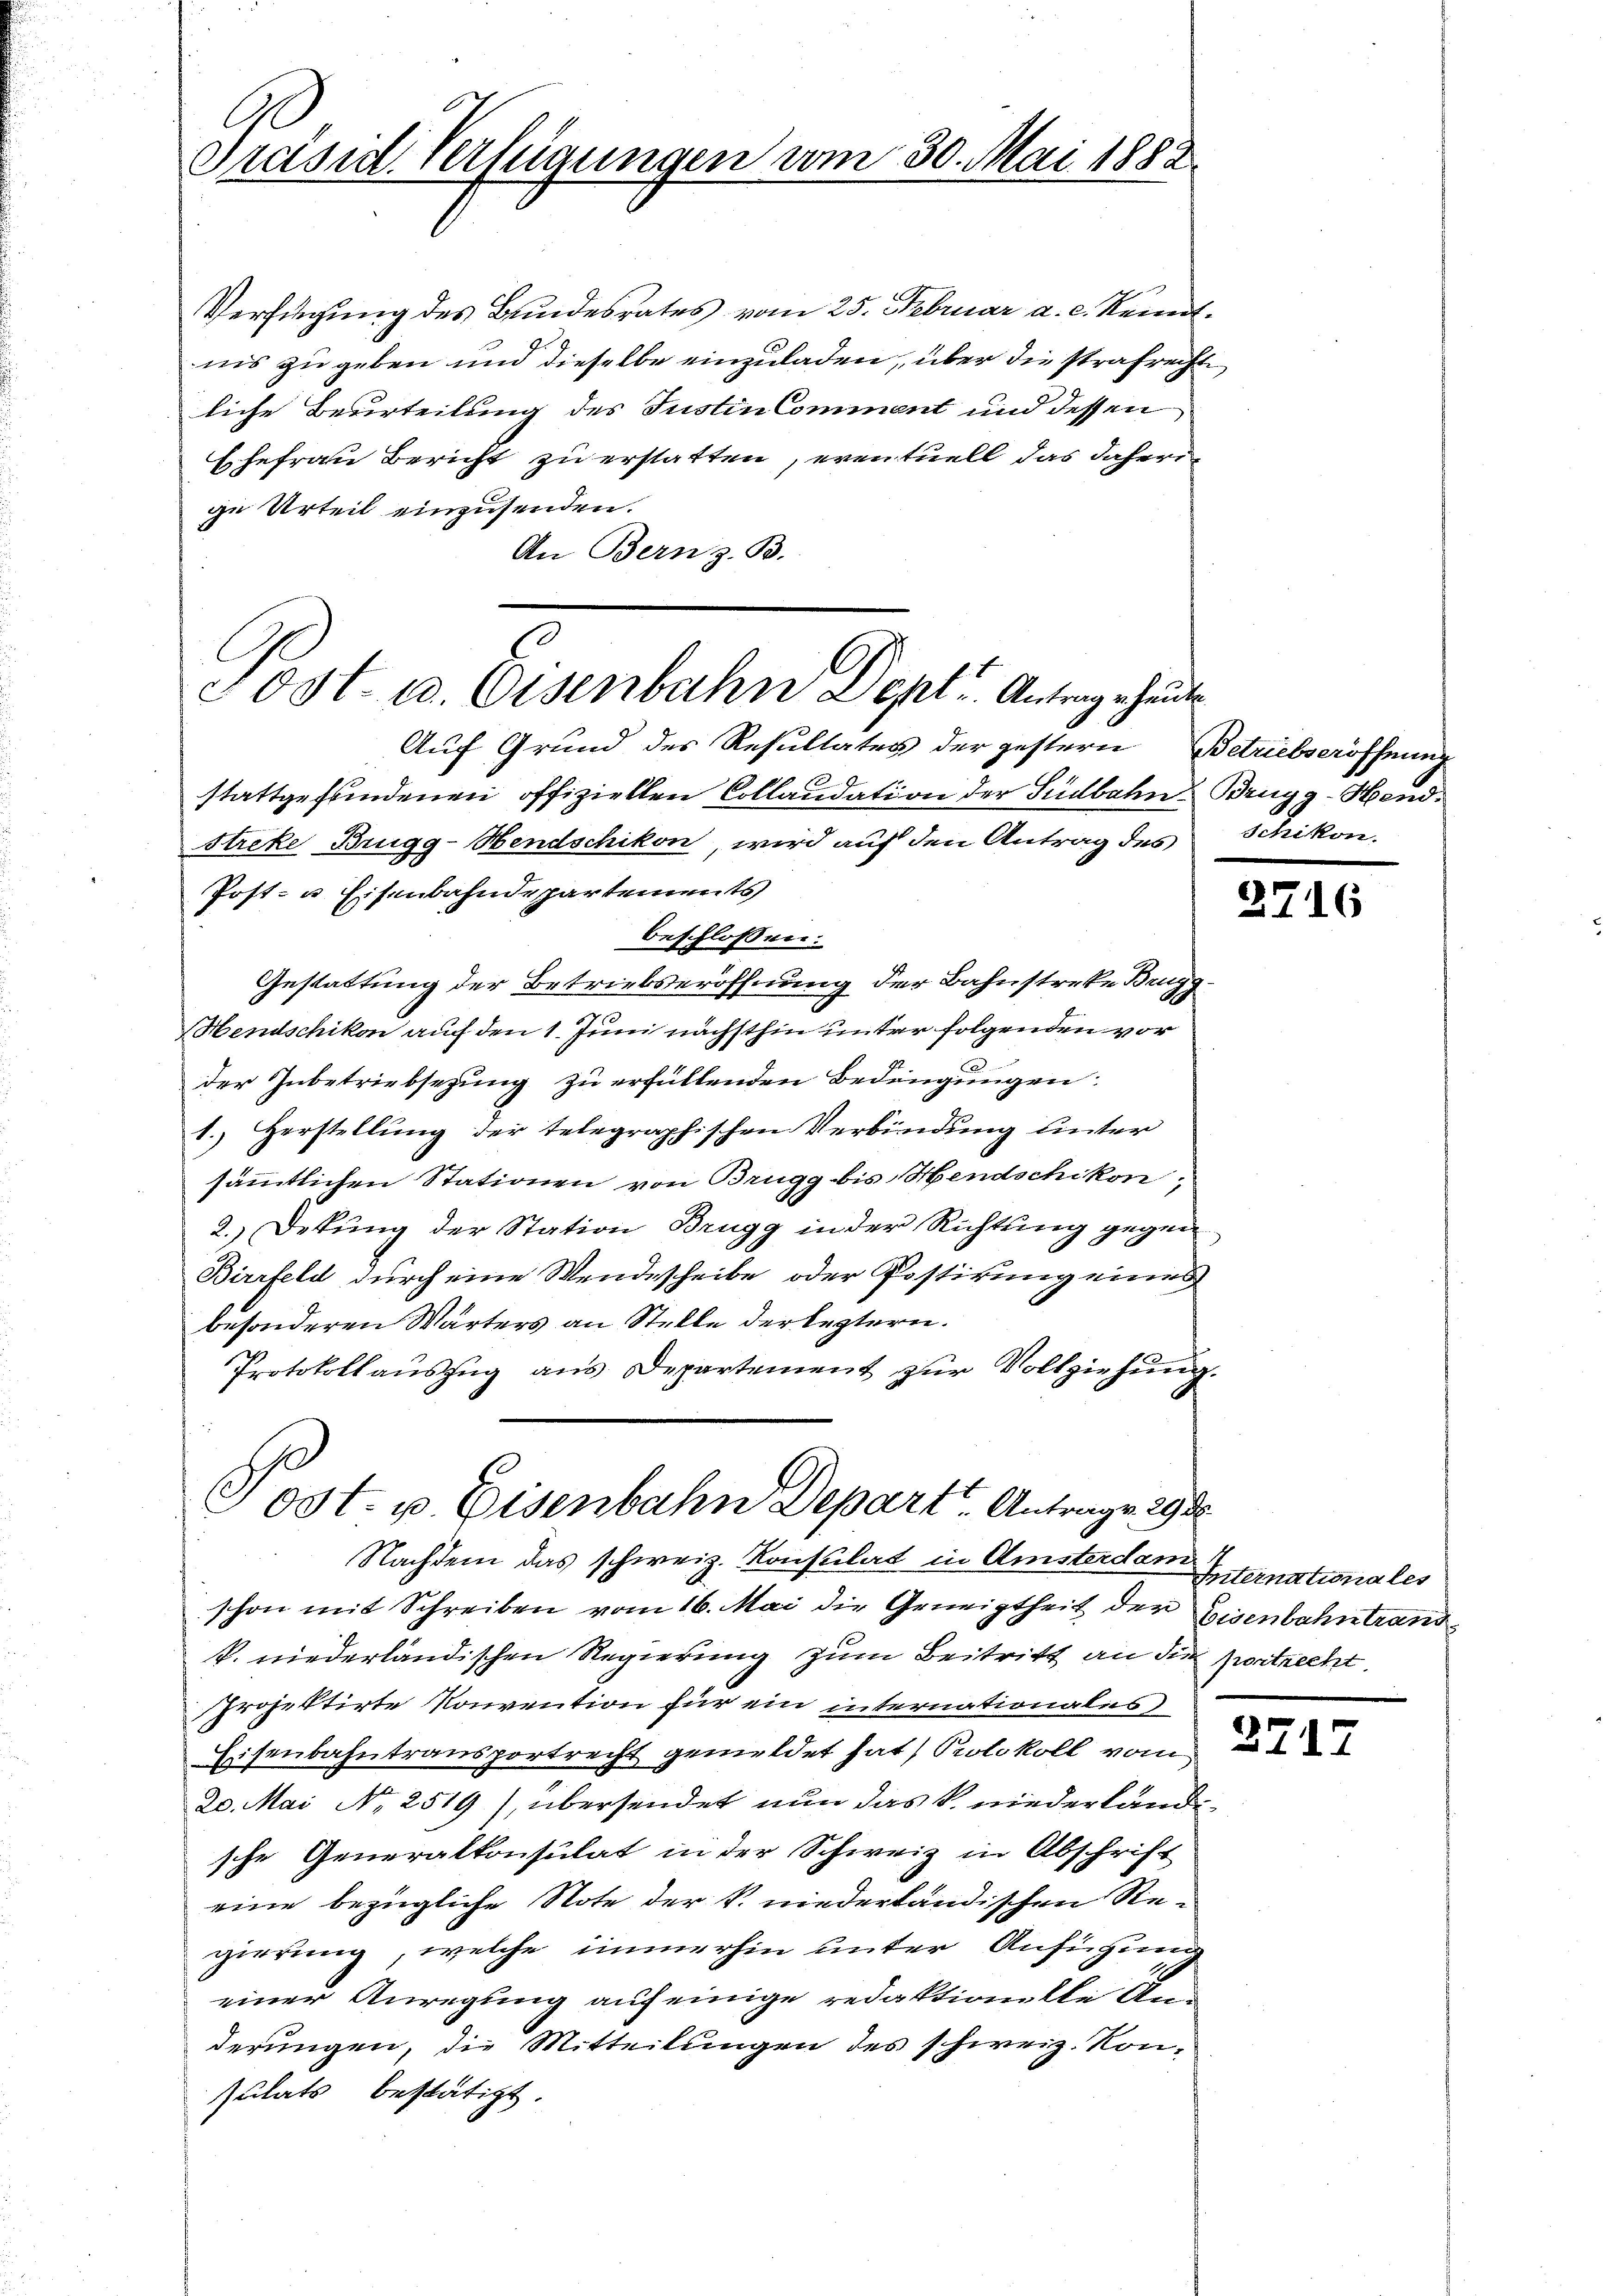
Präsid. Verfügungen vom 30. Mai 1882.

Verfügung des Bundesrates vom 25. Februar a. c. Kenntnns zu geben und dieselbe einzuladen, über die strafrechte
liche Beurteilung des Justin Comment und dessen
Ehefrau Bericht zu erstatten, eventuell das daherige Urteil einzusenden.
An Bern z. B.
Auf Grund des Resultates der gestern Betriebseröffnung
stattgefundenen offiziellen Collaudation der Südbahn Brugg-Hand¬
Streke Brugg-Hendschikon, wird auf den Antrag des Schikon.
Post- u Eisenbahndepartements
beschlossen:
Gestattung der Betriebseröffnung der Bahnstreke Brugg
Mendschikon auf den 1. Juni nächsthin unter folgenden vor
der Inbetriebsezung zu erfüllenden Bedingungen:
1. Herstellung der telegraphischen Verbindung unter
sämmtlichen Stationen von Brugg bis Hendschikon)
2.) Derŭng der Station Brugg in der Richtung gegen¬
Birrfeld durch eine Wendescheibe oder Postirung eines
besonderen Wärters an Stelle der leztern.
Protokollaŭszŭg ans Departement zŭr Vollziehŭng.

Post- u. Eisenbahn Doptr. Antrag heute

Post. p. Eisenbahn Depart Antrage 298
Nachdem das schweiz. Konsulat in Amsterdam Internationales

schon mit Schreiben vom 16. Mai die Geneigtheit der Eisenbahn trandk. niederländischen Regierung zum Beitritt an die postrecht.
Projektirte Konvention für ein internationales
Eisenbahntransportrecht gemeldet hat, Protokoll vom
20. Mai No 2519), übersendet nun das k. niederländische Generalkonsulat in der Schweiz in Abschrift
eine bezügliche Note der k. niederländischen Regierung, welche immerhin unter Anfügung
einer Anregung auf einige redaktionelle An
derungen, die Mitteilungen des schweiz. Konsulats bestätigt.

2716

2717